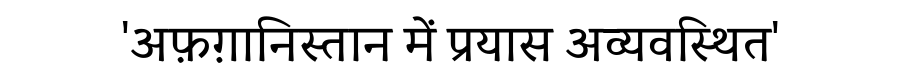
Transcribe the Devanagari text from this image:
'अफ़ग़ानिस्तान में प्रयास अव्यवस्थित'